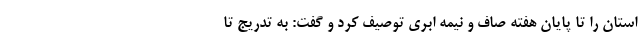
استان را تا پایان هفته صاف و نیمه ابری توصیف کرد و گفت: به تدریج تا